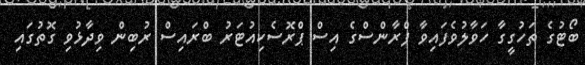
ބޯޓުގެ ތަހުގީގާ ހަވާލުވެފައިވާ ފްރާންސްގެ އިސް ޕްރޮސެކިއުޓަރު ބްރައިސް ރުބިން ވިދާޅުވި ގޮތުގައި